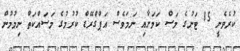
ކުރެވެނީ 15 ޓަނުގެ މަސް ކަމަށާއި ނަމަވެސް އަޕްގްރޭޑް ކުރުމުގެ މަސައްކަތް ނިމުމުން